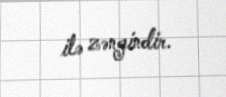
ilə zəngindir.